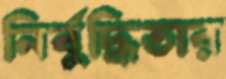
নির্বুদ্ধিতার